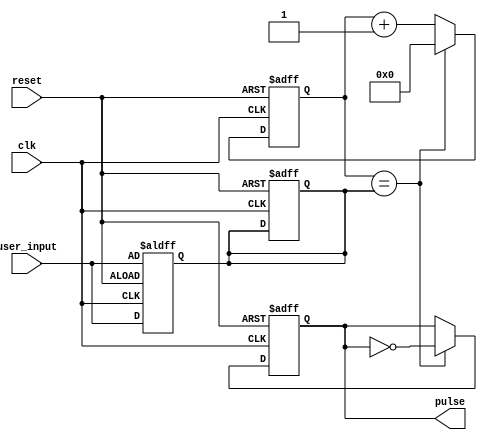
module Variable_Frequency_Pulse_Generator(
    input clk,
    input reset,
    input [31:0] user_input,
    output reg pulse
);

reg [31:0] count;
reg [31:0] freq;

always @(posedge clk or posedge reset) begin
    if(reset) begin
        count <= 0;
        freq <= 0;
        pulse <= 0;
    end else begin
        if(count == freq) begin
            pulse <= ~pulse;
            count <= 0;
        end else begin
            count <= count + 1;
        end
    end
end

always @(posedge clk or posedge reset) begin
    if(reset) begin
        freq <= user_input;
    end else begin
        freq <= user_input;
    end
end

endmodule